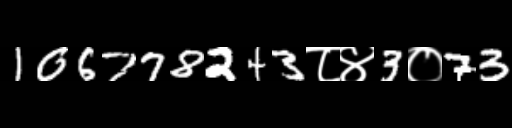
Text: 106778243८४3०73